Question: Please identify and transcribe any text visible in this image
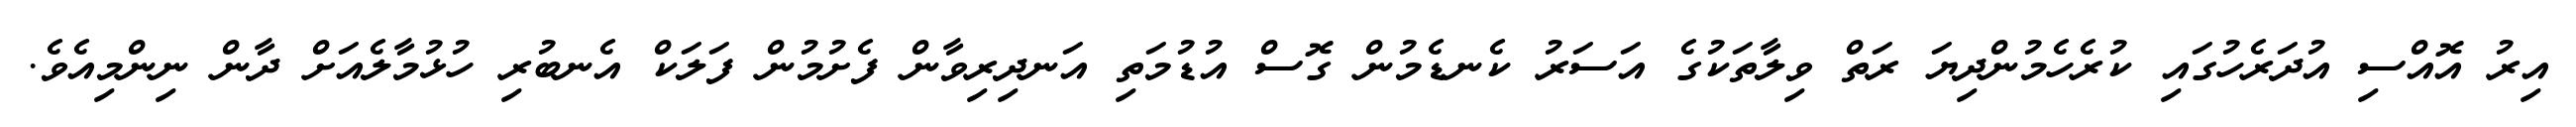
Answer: އިރު އޮއްސި އުދަރެހުގައި ކުރެހެމުންދިޔަ ރަތް ވިލާތަކުގެ އަސަރު ކެނޑެމުން ގޮސް އުޑުމަތި އަނދިރިވާން ފެށުމުން ފަލަކް އެނބުރި ހުޅުމާލެއަށް ދާން ނިންމިއެވެ.